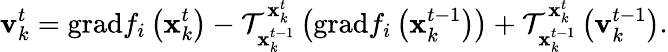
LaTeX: \mathbf{v}_{k}^{t}=\mathrm{grad}f_{i}\left(\mathbf{x}_{k}^{t}\right)-\mathcal{T}_{\mathbf{x}_{k}^{t-1}}^{\mathbf{x}_{k}^{t}}\left(\mathrm{grad}f_{i}\left(\mathbf{x}_{k}^{t-1}\right)\right)+\mathcal{T}_{\mathbf{x}_{k}^{t-1}}^{\mathbf{x}_{k}^{t}}\left(\mathbf{v}_{k}^{t-1}\right).